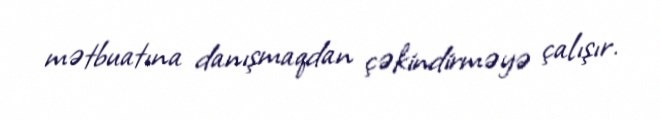
mətbuatına danışmaqdan çəkindirməyə çalışır.